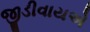
જીડીવાયએ